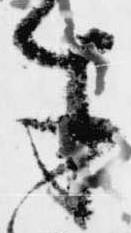
才